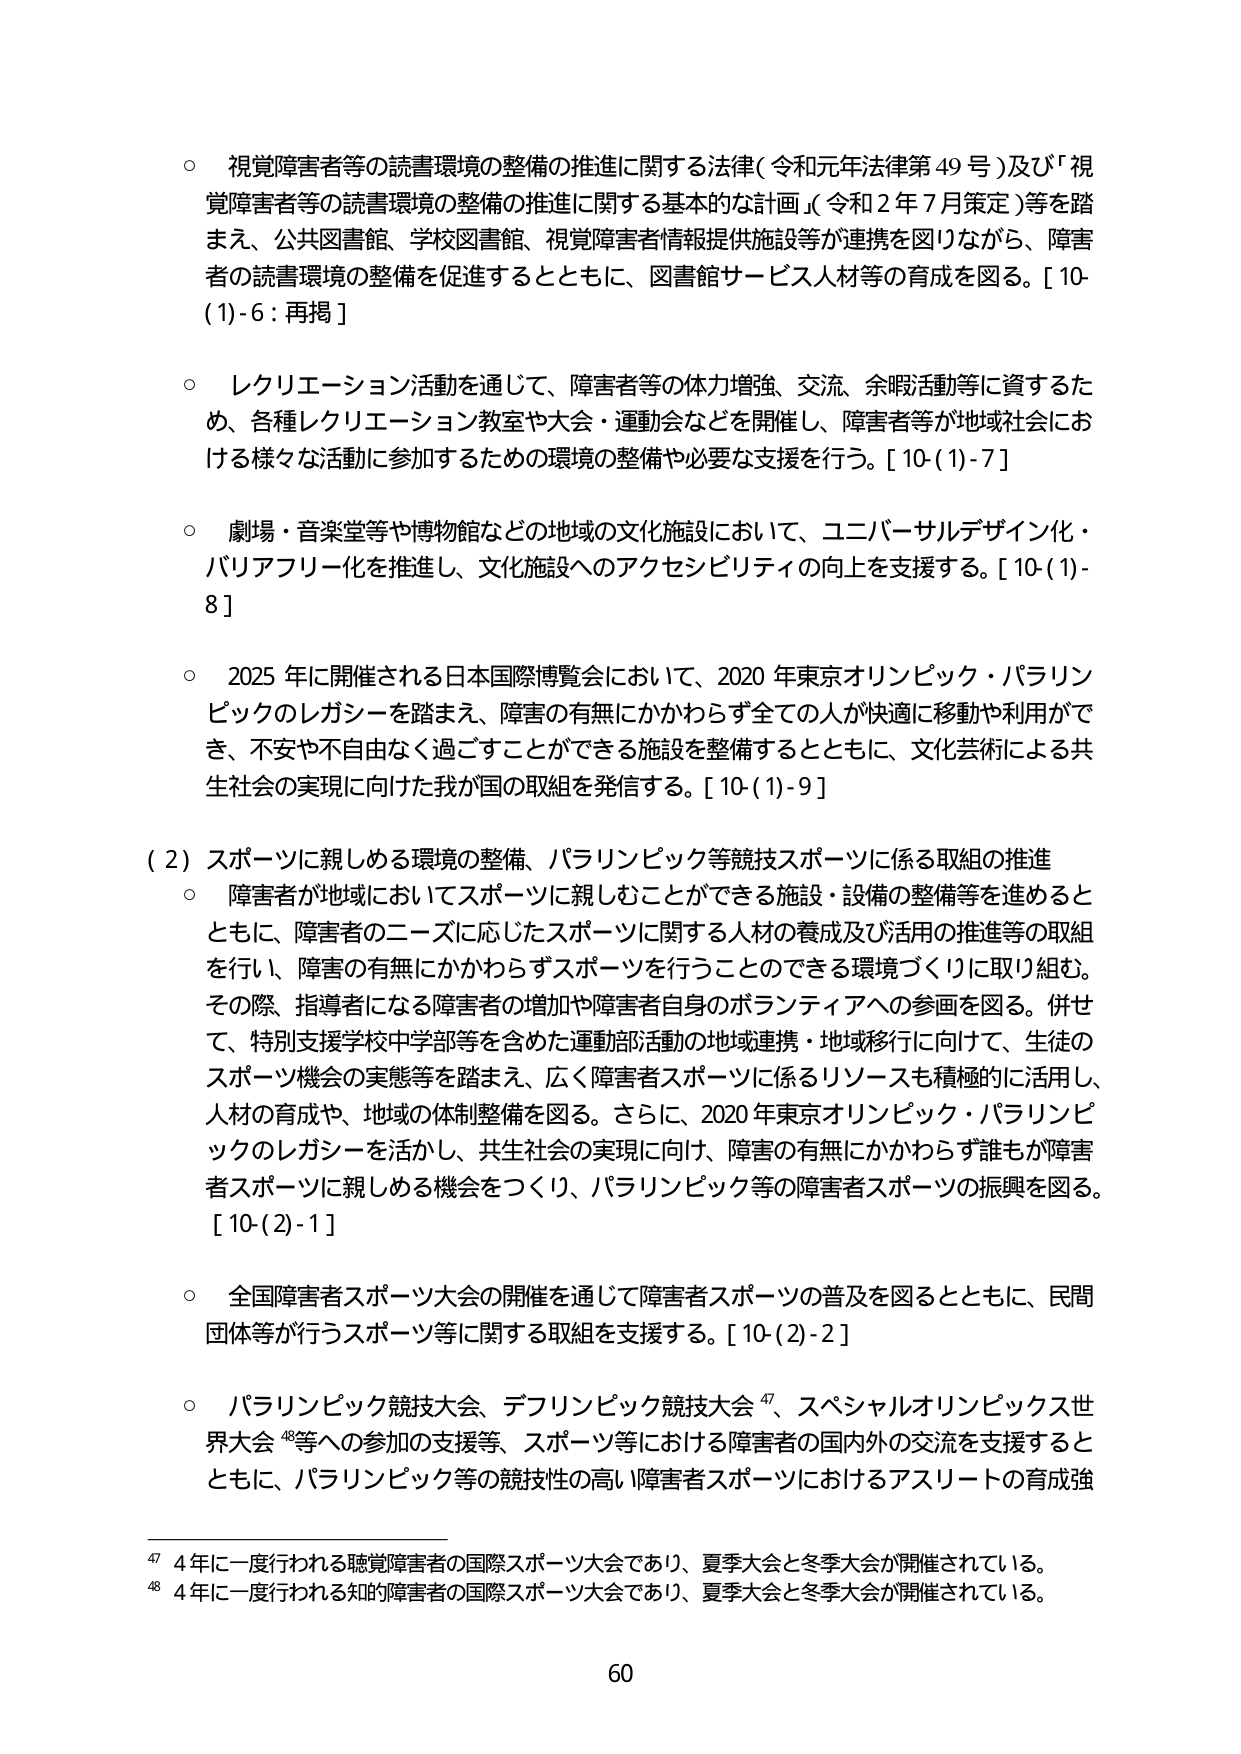
○ 視覚障害者等の読書環境の整備の推進に関する法律（令和元年法律第49号）及び「視覚障害者等の読書環境の整備の推進に関する基本的な計画」（令和2年7月策定）等を踏まえ、公共図書館、学校図書館、視覚障害者情報提供施設等が連携を図りながら、障害者の読書環境の整備を促進するとともに、図書館サービス人材等の育成を図る。[10-(1)-6：再掲]

○ レクリエーション活動を通じて、障害者等の体力増強、交流、余暇活動等に資するため、各種レクリエーション教室や大会・運動会などを開催し、障害者等が地域社会における様々な活動に参加するための環境の整備や必要な支援を行う。[10-(1)-7]

○ 劇場・音楽堂等や博物館などの地域の文化施設において、ユニバーサルデザイン化・バリアフリー化を推進し、文化施設へのアクセシビリティの向上を支援する。[10-(1)-8]

○ 2025年に開催される日本国際博覧会において、2020年東京オリンピック・パラリンピックのレガシーを踏まえ、障害の有無にかかわらず全ての人が快適に移動や利用ができ、不安や不自由なく過ごすことができる施設を整備するとともに、文化芸術による共生社会の実現に向けた我が国の取組を発信する。[10-(1)-9]

（2）スポーツに親しめる環境の整備、パラリンピック等競技スポーツに係る取組の推進

○ 障害者が地域においてスポーツに親しむことができる施設・設備の整備等を進めるとともに、障害者のニーズに応じたスポーツに関する人材の養成及び活用の推進等の取組を行い、障害の有無にかかわらずスポーツを行うことのできる環境づくりに取り組む。その際、指導者になる障害者の増加や障害者自身のボランティアへの参画を図る。併せて、特別支援学校中学部等を含めた運動部活動の地域連携・地域移行に向けて、生徒のスポーツ機会の実態等を踏まえ、広く障害者スポーツに係るリソースも積極的に活用し、人材の育成や、地域の体制整備を図る。さらに、2020年東京オリンピック・パラリンピックのレガシーを活かし、共生社会の実現に向け、障害の有無にかかわらず誰もが障害者スポーツに親しめる機会をつくり、パラリンピック等の障害者スポーツの振興を図る。[10-(2)-1]

○ 全国障害者スポーツ大会の開催を通じて障害者スポーツの普及を図るとともに、民間団体等が行うスポーツ等に関する取組を支援する。[10-(2)-2]

○ パラリンピック競技大会、デフリンピック競技大会⁴⁷、スペシャルオリンピックス世界大会⁴⁸等への参加の支援等、スポーツ等における障害者の国内外の交流を支援するとともに、パラリンピック等の競技性の高い障害者スポーツにおけるアスリートの育成強

⁴⁷ 4年に一度行われる聴覚障害者の国際スポーツ大会であり、夏季大会と冬季大会が開催されている。
⁴⁸ 4年に一度行われる知的障害者の国際スポーツ大会であり、夏季大会と冬季大会が開催されている。

60